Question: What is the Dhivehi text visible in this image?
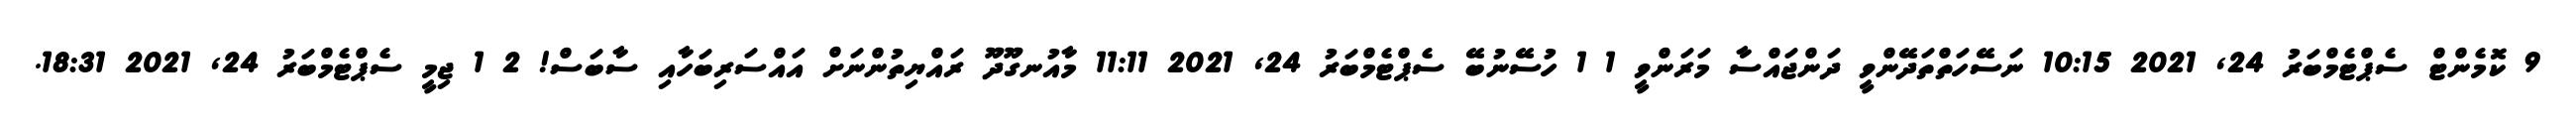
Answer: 9 ކޮމެންޓް ސެޕްޓެމްބަރު 24, 2021 10:15 ނަސޭހަތްތަދޭންވީ ދަންޖައްސާ މަރަންވީ 1 1 ހުސޭނުބޭ ސެޕްޓެމްބަރު 24, 2021 11:11 މާއުނގޫދޫ ރައްޔިތުންނަށް އައްސަރިބަހާއި ސާބަސް! 2 1 ޖިމީ ސެޕްޓެމްބަރު 24, 2021 18:31.